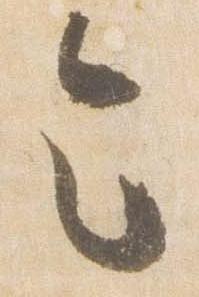
令